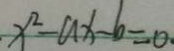
x ^ { 2 } - a x - b = 0